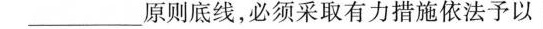
____________原则底线,必须采取有力措施依法予以